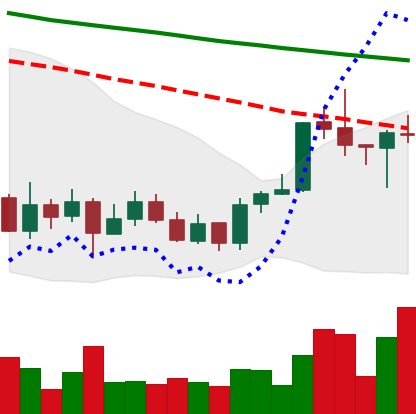
Ticker: ADA-USD
Chart end date: 2020-01-11
Forward return: 12.399%
Label: up_7plus